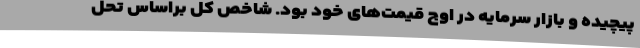
پیچیده و بازار سرمایه در اوج قیمت‌های خود بود. شاخص کل براساس تحل